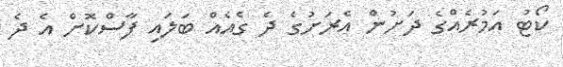
ކޯޓު އަމުރެއްގެ ދަށުން އެރަށުގެ ދެ ގެއެއް ބަލައި ފާސްކޮށް އެ ދެ